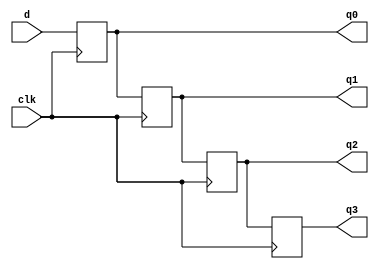
`timescale 1ns / 1ps
//////////////////////////////////////////////////////////////////////////////////
// Company: 
// Engineer: 
// 
// Design Name: 
// Module Name: d_flipflop
// Project Name: 
// Target Devices: 
// Tool Versions: 
// Description: 
// 
// Dependencies: 
// 
// Revision:
// Revision 0.01 - File Created
// Additional Comments:
// 
//////////////////////////////////////////////////////////////////////////////////


module d_flipflop(q0,q1,q2,q3, d, clk);

input clk, d;
output reg q0,q1,q2,q3;

always@(posedge clk)
begin
    q0<=d;
    q1<=q0;
    q2<=q1;
    q3<=q2;

 
end 

endmodule

module tb_flipflop();

reg clk, d;
wire q0,q1,q2,q3;

d_flipflop inst0(q0,q1,q2,q3, d, clk);
initial 
begin

#00 d =0; clk = 0;
#10 d=1; clk = 1;
#10 d=0; clk = 0;
#10 d=0; clk = 1;
#10 d=1; clk = 0;
#10 d=1; clk = 1;
#10 d=1; clk = 1;
#10 d=0; clk = 1;
#10 d=1; clk = 1;
#10 $stop;

end

endmodule